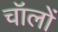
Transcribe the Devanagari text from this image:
चॉलों